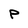
Character: P